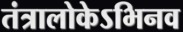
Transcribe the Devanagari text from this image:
तंत्रालोकेऽभिनव